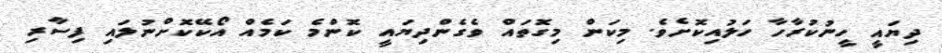
ދިޔައީ ހީނުކުރާހާ ހަލުއިކޮށެވެ. މިކަން މިގޮތައް ވެގެންދިޔައީ ކޮންމެ ކަމެއް އޯކޭކޮށްނުލައި ފިސާރި